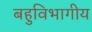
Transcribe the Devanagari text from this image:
बहुविभागीय